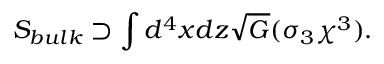
S _ { b u l k } \supset \int d ^ { 4 } x d z \sqrt { G } ( \sigma _ { 3 } \chi ^ { 3 } ) .